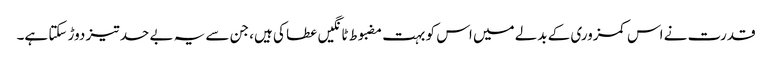
قدرت نے اس کمزوری کے بدلے میں اس کو بہت مضبوط ٹانگیں عطا کی ہیں، جن سے یہ بے حد تیز دوڑ سکتا ہے۔